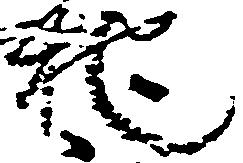
地